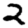
Digit: 2